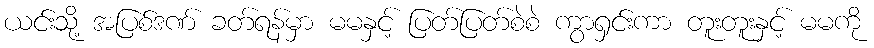
ယင်းသို့ အပြစ်ဒဏ် ခတ်ရန်မှာ မမနှင့် ပြတ်ပြတ်စဲစဲ ကွာရှင်းကာ တူးတူးနှင့် မမကို